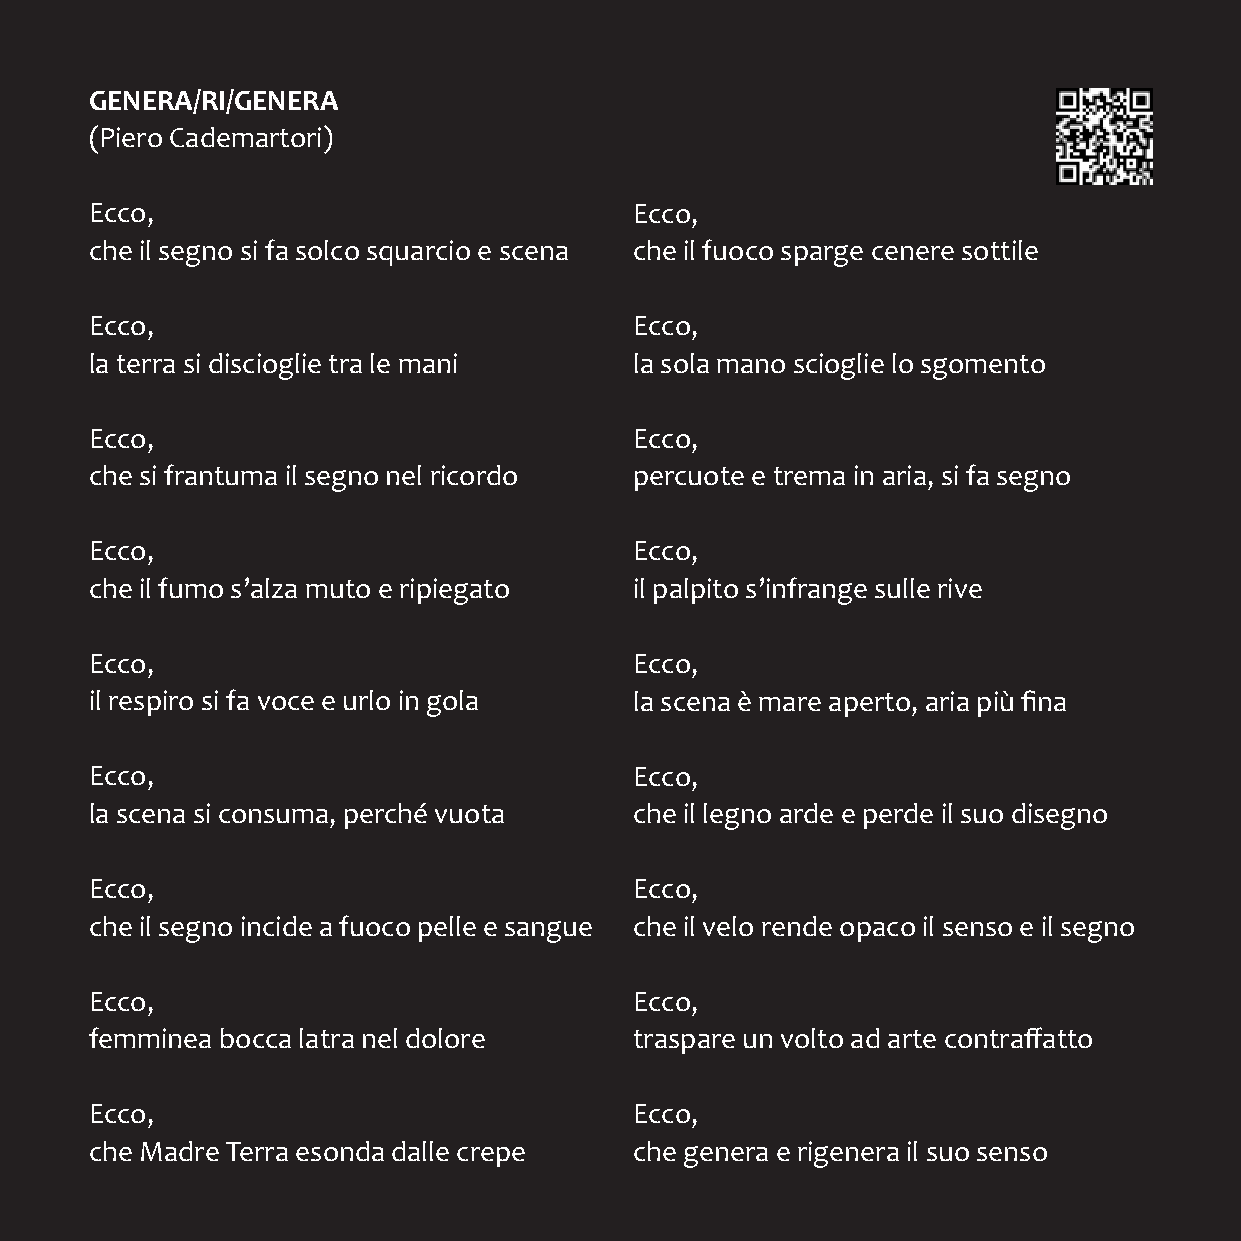
GENERA/RI/GENERA
 (Piero Cademartori)
 Ecco,                               Ecco,
 che il segno si fa solco squarcio e scena che il fuoco sparge cenere sottile
 Ecco,                               Ecco,
 la terra si discioglie tra le mani  la sola mano scioglie lo sgomento
 Ecco,                               Ecco,
 che si frantuma il segno nel ricordo percuote e trema in aria, si fa segno
 Ecco,                               Ecco,
 che il fumo s’alza muto e ripiegato il palpito s’infrange sulle rive
 Ecco,                               Ecco,
 il respiro si fa voce e urlo in gola la scena è mare aperto, aria più fina
 Ecco,                               Ecco,
 la scena si consuma, perché vuota   che il legno arde e perde il suo disegno
 Ecco,                               Ecco,
 che il segno incide a fuoco pelle e sangue che il velo rende opaco il senso e il segno
 Ecco,                               Ecco,
 femminea bocca latra nel dolore     traspare un volto ad arte contraffatto
 Ecco,                               Ecco,
 che Madre Terra esonda dalle crepe  che genera e rigenera il suo senso